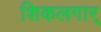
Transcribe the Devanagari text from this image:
शिकलगार्